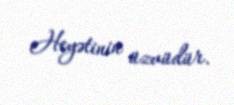
Heyətinin üzvüdür.